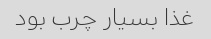
غذا بسیار چرب بود